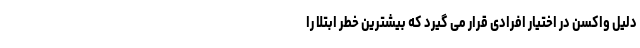
دلیل واکسن در اختیار افرادی قرار می گیرد که بیشترین خطر ابتلا را